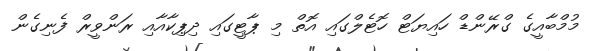
މުމްބާއީގެ ގްރޭންޑް ހައިޔަޓް ހޮޓެލްގައި އޮތް މި ޕާޓީގައި ދިޕިކާއާއި ރަންވީރް ފެނިގެން